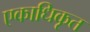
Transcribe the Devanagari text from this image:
एकाधिकृत